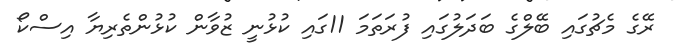
ރޭގެ މެޗުގައި ބޭލްގެ ބަދަލުގައި ފުރަތަމަ 11ގައި ކުޅުނީ ޒުވާން ކުޅުންތެރިޔާ އިސްކޯ